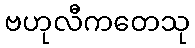
ဗဟုလီကတေသု